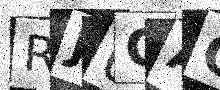
Text: RJ6CAC